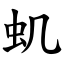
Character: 虮